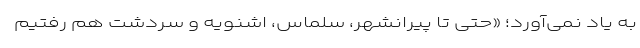
به یاد نمی‌آورد؛ «حتی تا پیرانشهر، سلماس، اشنویه و سردشت هم رفتیم